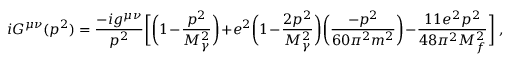
i G ^ { \mu \nu } ( p ^ { 2 } ) = \frac { - i g ^ { \mu \nu } } { p ^ { 2 } } \biggl [ \biggl ( 1 - \frac { p ^ { 2 } } { M _ { \gamma } ^ { 2 } } \biggr ) + e ^ { 2 } \biggl ( 1 - \frac { 2 p ^ { 2 } } { M _ { \gamma } ^ { 2 } } \biggr ) \biggr ( \frac { - p ^ { 2 } } { 6 0 \pi ^ { 2 } m ^ { 2 } } \biggr ) - \frac { 1 1 e ^ { 2 } p ^ { 2 } } { 4 8 \pi ^ { 2 } M _ { f } ^ { 2 } } \biggr ] \ ,